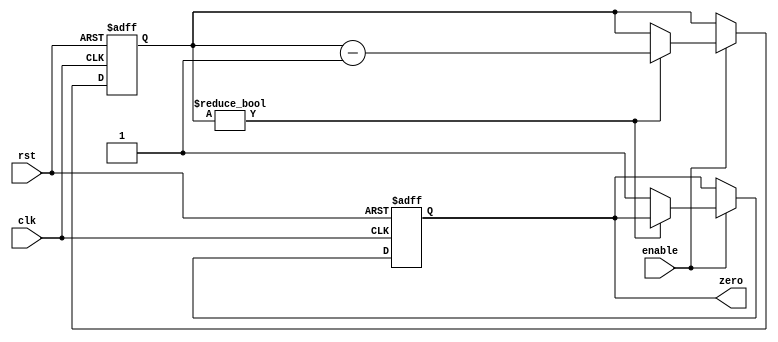
module binary_down_counter(
    input wire clk,
    input wire rst,
    input wire enable,
    output reg zero
);

reg [7:0] count;

always @(posedge clk or posedge rst) begin
    if (rst) begin
        count <= 8'hFF; // Predefined initial value
        zero <= 0;
    end else if (enable) begin
        if (count != 0) begin
            count <= count - 1;
        end else begin
            zero <= 1; // Output signal indicating count has reached zero
        end
    end
end

endmodule